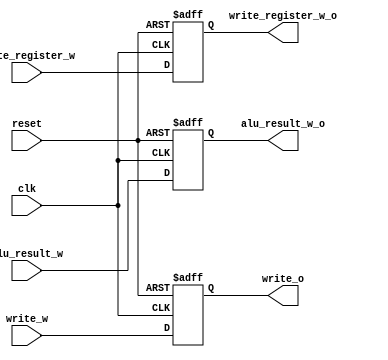
module PIPE_EX_MEM
(
	input clk,
	input reset,
	input [31:0] alu_result_w,
	input write_w,
	input [4:0] write_register_w,

	output reg [31:0] alu_result_w_o,
	output reg write_o,
	output reg [4:0] write_register_w_o
    
);

always @(negedge reset or posedge clk)
	begin
		if (reset == 0)
			begin
				alu_result_w_o <= 0;
				write_o <= 0;
				write_register_w_o <= 0;
			end
		else
			begin
				alu_result_w_o <= alu_result_w;
				write_o <= write_w;
				write_register_w_o <= write_register_w;
			end
	end

endmodule